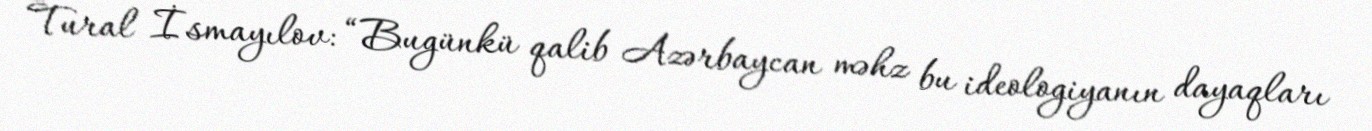
Tural İsmayılov: “Bugünkü qalib Azərbaycan məhz bu ideologiyanın dayaqları